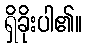
ရှိခိုးပါ၏။